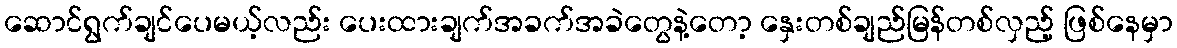
ဆောင်ရွက်ချင်ပေမယ့်လည်း ပေးထားချက်အခက်အခဲတွေနဲ့တော့ နှေးတစ်ချည်မြန်တစ်လှည့် ဖြစ်နေမှာ